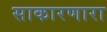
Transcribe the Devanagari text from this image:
साकारणारा